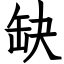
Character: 缺